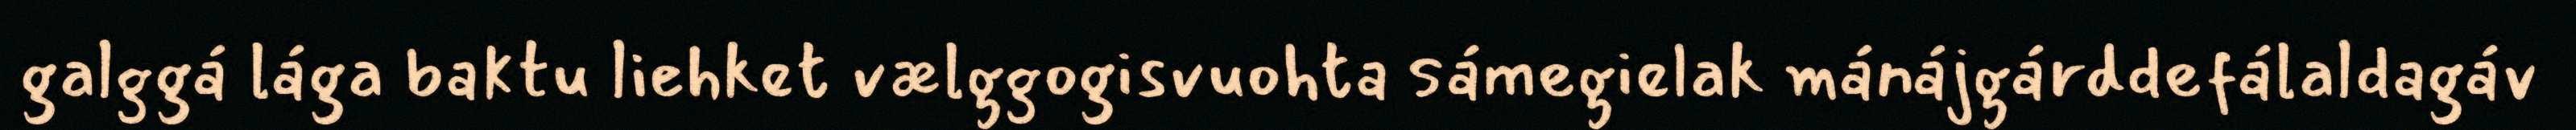
galggá lága baktu liehket vælggogisvuohta sámegielak mánájgárddefálaldagáv